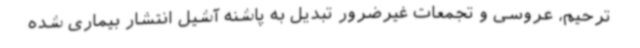
ترحیم، عروسی و تجمعات غیرضرور تبدیل به پاشنه آشیل انتشار بیماری شده